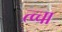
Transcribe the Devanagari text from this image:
त्व्चा